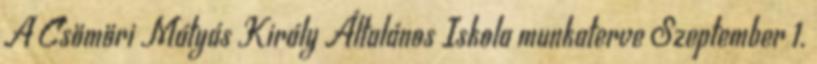
A Csömöri Mátyás Király Általános Iskola munkaterve Szeptember 1.